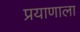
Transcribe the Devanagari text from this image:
प्रयाणाला